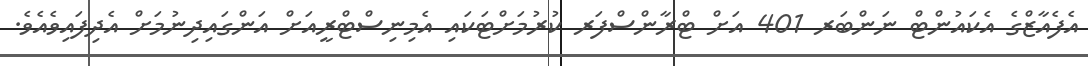
އެފެއާޒްގެ އެކައުންޓް ނަންބަރ 401 އަށް ޓްރާންސްފަރ ކުރުމަށްޓަކައި އެމިނިސްޓްރީއަށް އަންގައިދިނުމަށް އެދިފައިވެއެވެ.